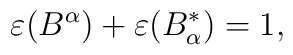
\varepsilon(B^{\alpha})+\varepsilon(B_{\alpha}^{\ast})=1,